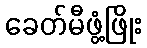
ခေတ်မီဖွံ့ဖြိုး